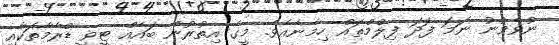
ނުވެވުނު ނަމަ ފަދަ ފިލްމްތައް ހިމެނެއެވެ. މީގެ އިތުރުން ބައެއް ޓީވީ ޑްރާމާތަކާއި